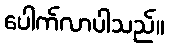
ပေါက်လာပါသည်။